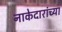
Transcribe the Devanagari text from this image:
नाकेदारांच्या